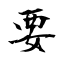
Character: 要